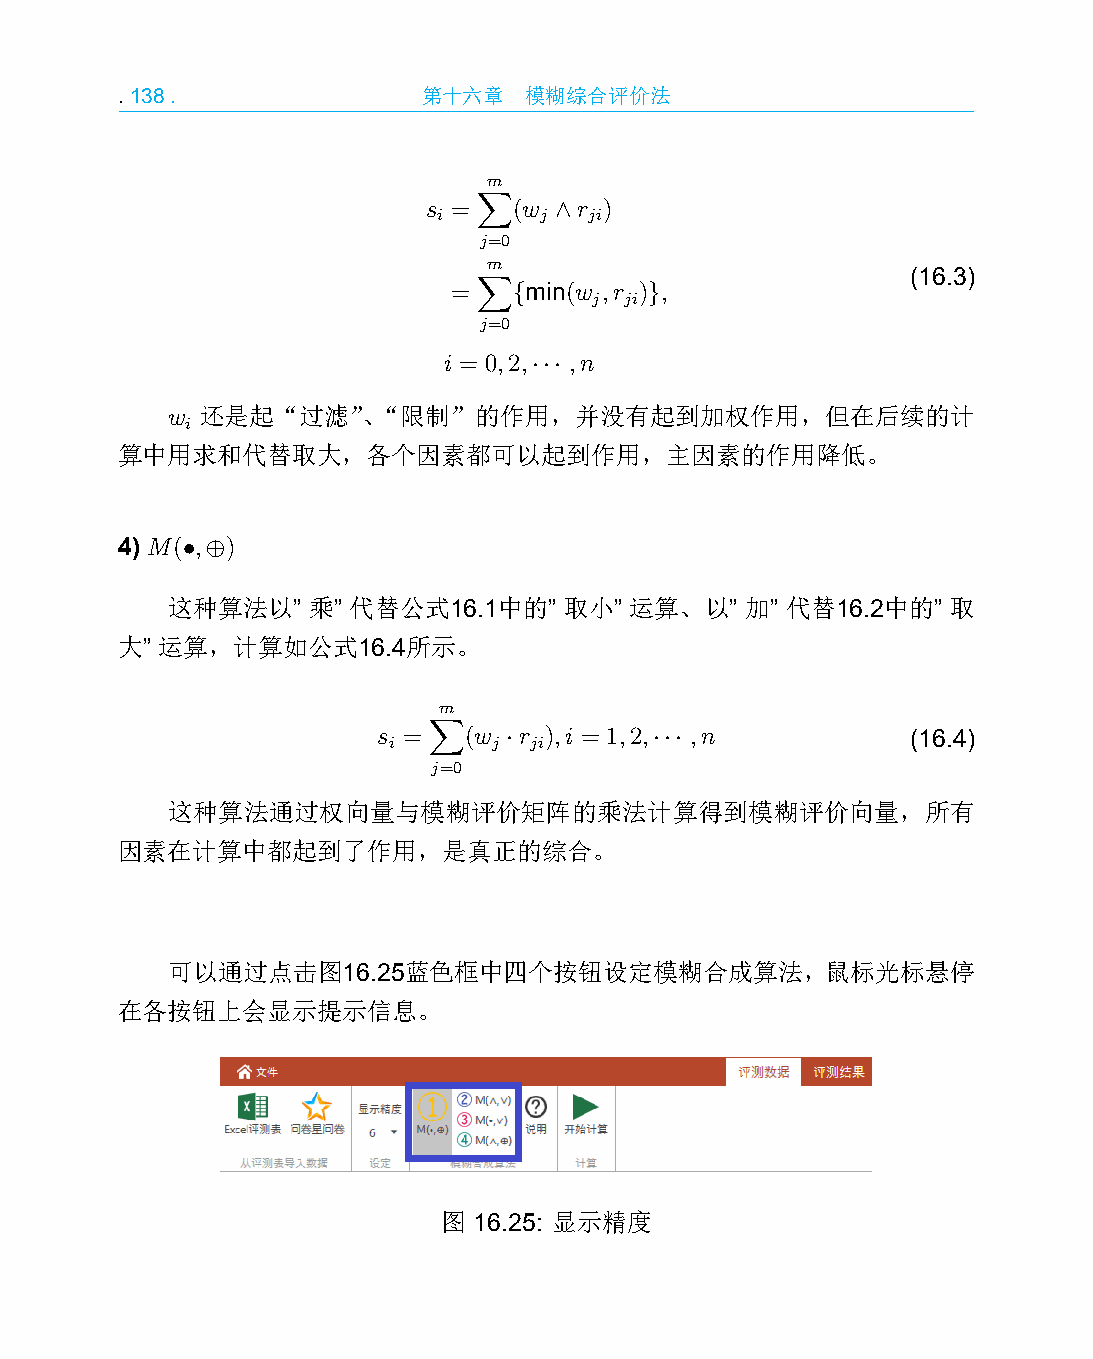
.138.               第十六章   模糊综合评价法
 ∑m
 s =   (w ∧r )
 i      j  ji
 j=0
 ∑m
 (16.3)
 =   {min(w ,r )},
 j ji
 j=0
 i = 0,2,··· ,n
 w 还是起“过滤”、“限制”的作用，并没有起到加权作用，但在后续的计
 i
 算中用求和代替取大，各个因素都可以起到作用，主因素的作用降低。
 4) M(•,⊕)
 这种算法以”   乘” 代替公式16.1中的”   取小”  运算、以”  加” 代替16.2中的”  取
 大” 运算，计算如公式16.4所示。
 ∑m
 s =   (w ·r ),i = 1,2,··· ,n       (16.4)
 i      j ji
 j=0
 这种算法通过权向量与模糊评价矩阵的乘法计算得到模糊评价向量，所有
 因素在计算中都起到了作用，是真正的综合。
 可以通过点击图16.25蓝色框中四个按钮设定模糊合成算法，鼠标光标悬停
 在各按钮上会显示提示信息。
 图 16.25: 显示精度